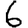
Digit: 6